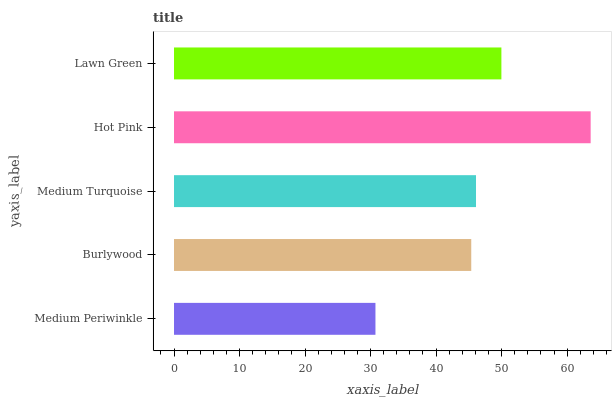
| yaxis_label | bars |
 | --- | --- |
 | Medium Periwinkle | 30.7 |
 | Burlywood | 45.4 |
 | Medium Turquoise | 46.1 |
 | Hot Pink | 63.6 |
 | Lawn Green | 50 |